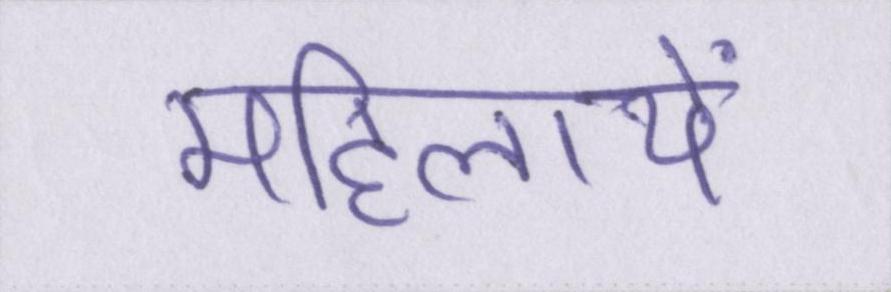
महिलायें